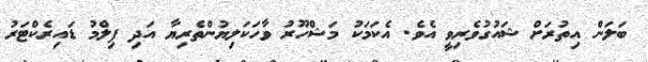
ބަލަން އިތުރަށް ޝައުގުވެރިވީ އެވެ. އެކަމަކު މަޝްހޫރު ވާހަކަލިޔުންތެރިޔާ އަދި ފިލްމު ޑައިރެކްޓަރު